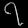
Digit: ၇